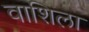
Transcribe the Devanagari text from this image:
वाशिला